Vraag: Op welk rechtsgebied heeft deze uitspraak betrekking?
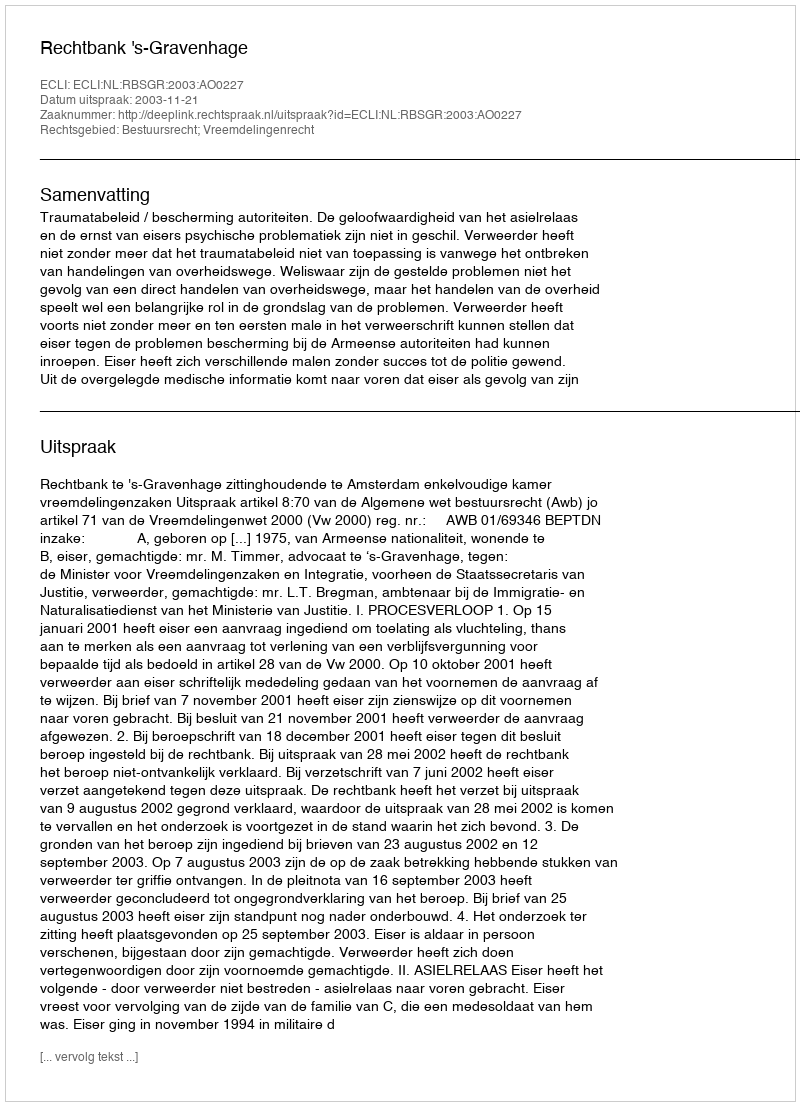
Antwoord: Bestuursrecht; Vreemdelingenrecht